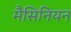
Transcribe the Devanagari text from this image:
मैसिनियन